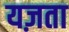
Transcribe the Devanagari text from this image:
यज़ता